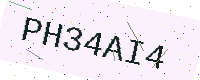
Text: PH34AI4